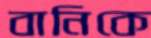
বানিকে